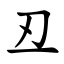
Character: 丒